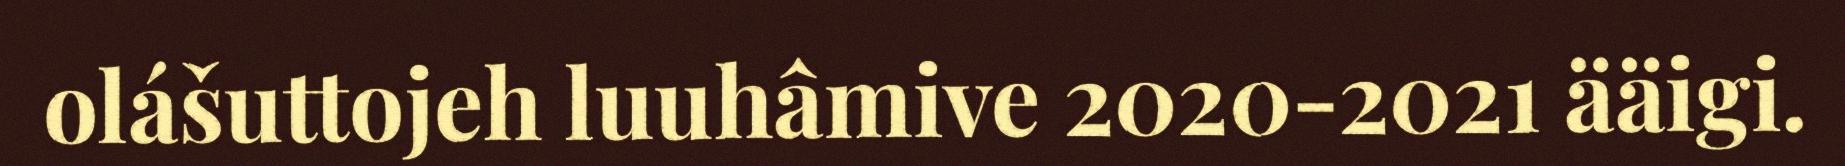
olášuttojeh luuhâmive 2020-2021 ääigi.